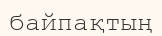
байпақтың